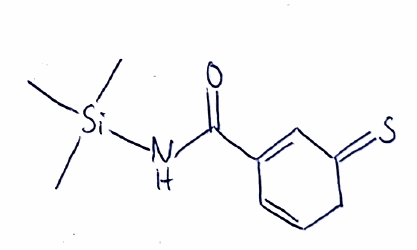
Simplified molecular-input line-entry system (SMILES) notation of the given molecule:
C[Si](C)(C)NC(=O)C1=CC(=S)CC=C1